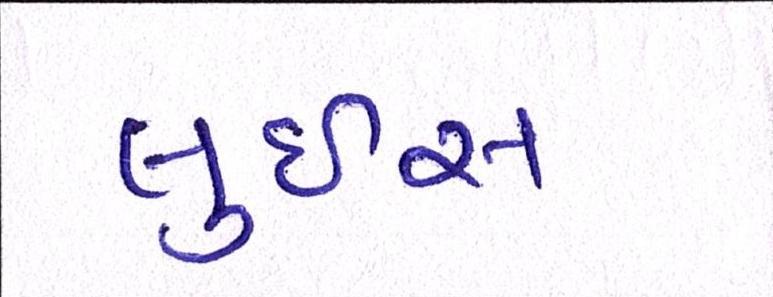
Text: લુઇસ